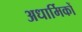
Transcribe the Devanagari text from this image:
अधार्मिकों